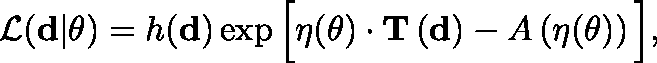
\begin{array} { r } { \mathcal { L } ( \mathbf { d } | \mathbf { \theta } ) = h ( \mathbf { d } ) \exp \Big [ \mathbf { \eta } ( \mathbf { \theta } ) \cdot \mathbf { T } \left( \mathbf { d } \right) - A \left( \mathbf { \eta } ( \mathbf { \theta } ) \right) \Big ] , } \end{array}